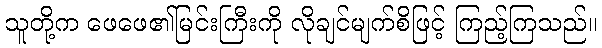
သူတို့က ဖေဖေ၏မြင်းကြီးကို လိုချင်မျက်စိဖြင့် ကြည့်ကြသည်။